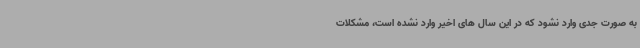
به صورت جدی وارد نشود که در این سال های اخیر وارد نشده است، مشکلات